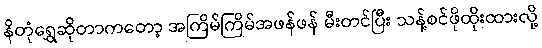
နိတုံရွှေဆိုတာကတော့ အကြိမ်ကြိမ်အဖန်ဖန် မီးတင်ပြီး သန့်စင်ဖိုထိုးထားလို့